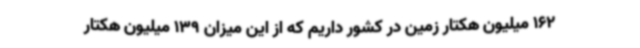
162 میلیون هکتار زمین در کشور داریم که از این میزان 139 میلیون هکتار